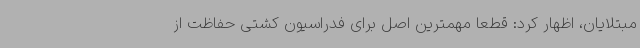
مبتلایان، اظهار کرد: قطعا مهمترین اصل برای فدراسیون کشتی حفاظت از